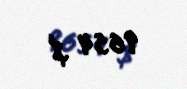
9654 $